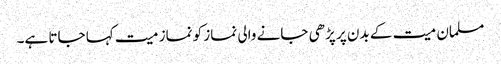
مسلمان میت کے بدن پر پڑھی جانے والی نماز کو نماز میت کہا جاتا ہے۔